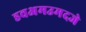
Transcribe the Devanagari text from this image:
डवअमउमदजे